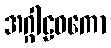
အဂ္ဂါဠဝကော